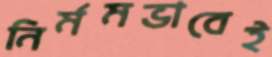
নির্মমভাবেই